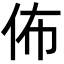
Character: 佈